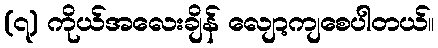
(၇) ကိုယ်အလေးချိန် လျော့ကျစေပါတယ်။